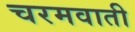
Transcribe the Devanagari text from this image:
चरमवाती